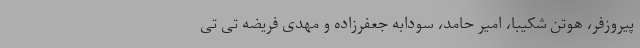
پیروزفر، هوتن شکیبا، امیر حامد، سودابه جعفرزاده و مهدی فریضه تی تی